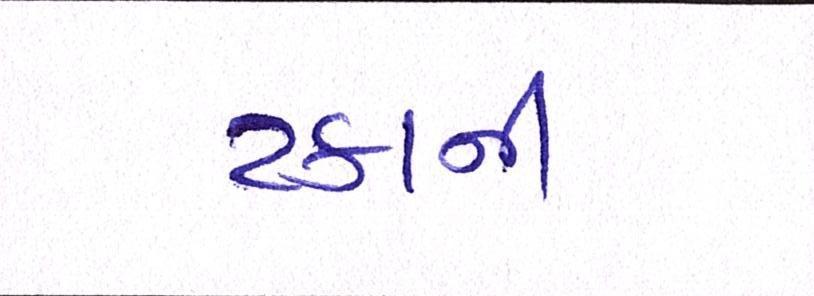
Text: ટકાની